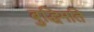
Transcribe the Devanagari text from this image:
बुद्धिमति